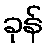
ခုန်